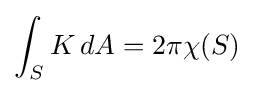
\int _{S}K\,dA=2\pi \chi (S)